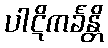
ပါဋိကင်္ခန္တိ